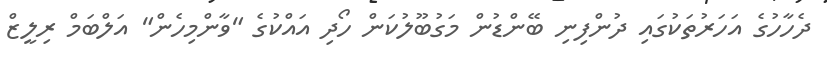
ދެހާހުގެ އަހަރުތަކުގައި ދުންފިނި ބޭންޑުން މަގުބޫލުކަން ހޯދި އައްކުގެ "ވާންމިހެން" އަލްބަމް ރިލީޒް